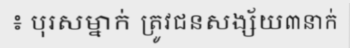
៖ បុរសម្នាក់ ត្រូវជនសង្ស័យ៣នាក់